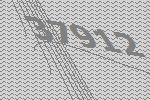
37912